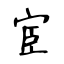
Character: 宦